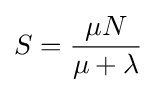
S={\frac {\mu N}{\mu +\lambda }}